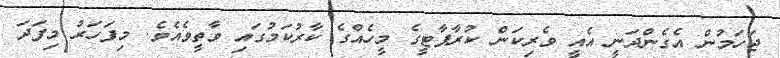
ޖަހަމުން އެގެންދަނީ އެއީ ވެރިކަން ކުރާޕާޓީގެ މީހެއްގެ ކާރުކަމުގައި ވާތީވެއެވެ. މިފަހަރު މިފަދަ